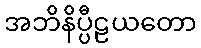
အဘိနိပ္ပီဠယတော